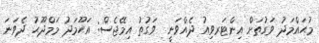
މުޙައްމަދު ވަގުތަށް އިންޓަރވިއު ދެއްވަނީ  ވަގުތު އިމޭޖެސް: އަޙޫމަދު މަމްދޫޙު ދެވަނަ